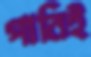
পানিই